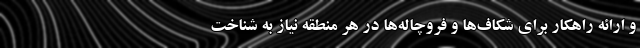
و ارائه راهکار برای شکاف‌ها و فروچاله‌ها در هر منطقه نیاز به شناخت